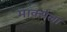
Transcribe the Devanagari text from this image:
मार्क्‍सला